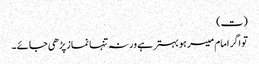
(ت)
تو اگر امام میسر ہو بہتر ہے ورنہ تنہا نماز پڑھی جائے ۔